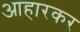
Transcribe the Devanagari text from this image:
आहारकर